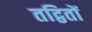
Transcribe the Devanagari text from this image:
तद्वितों